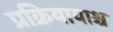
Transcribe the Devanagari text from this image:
प्रक्रियायाश्च